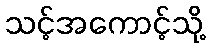
သင့်အကောင့်သို့